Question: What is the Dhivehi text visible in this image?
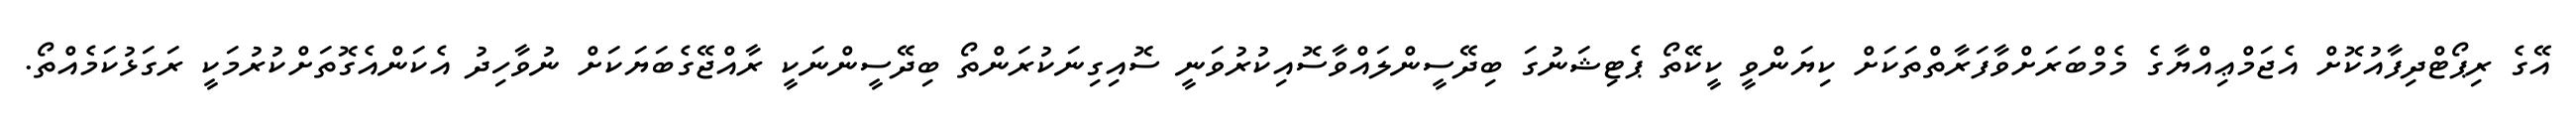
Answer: އޭގެ ރިޕޯޓްދިފާއުކޮށް އެޖަމްޢިއްޔާގެ މެމްބަރަށްވާފަރާތްތަކަށް ކިޔަންވީ ކީކޭތޯ ޕެޓިޝަނުގަ ބިދޭސީންލައްވާސޮއިކުރުވަނީ ސޮއިގިނަކުރަންތޯ ބިދޭސީންނަކީ ރާއްޖޭގެބަޔަކަށް ނުވާހިދު އެކަންއެގޮތަށްކުރުމަކީ ރަގަޅުކަމެއްތޯ.